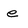
Character: e